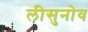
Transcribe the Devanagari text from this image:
लीसुनोव